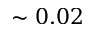
\sim 0 . 0 2